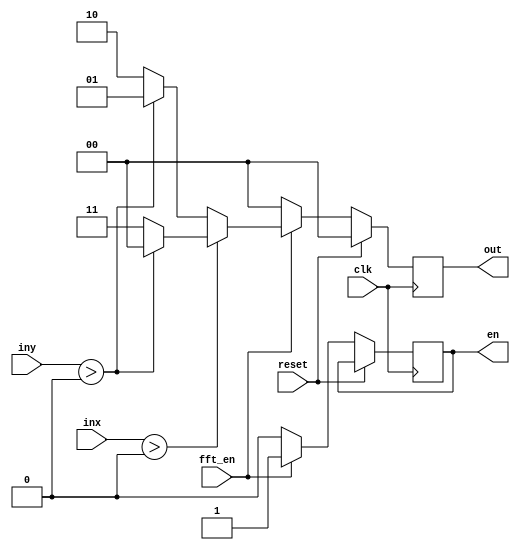
`timescale 1ns/1ps
module De_Mod (
    clk, reset, inx, iny, fft_en, en, out
);
    input clk;
    input reset;
    input signed [15:0] inx;
    input signed [15:0] iny;
    input fft_en;


    output reg en;
    output reg[1:0] out;

    reg esig;
    reg cnt;

    always @(posedge clk) begin
        if (reset) 
        begin
            out <= 0;
            cnt <= 0;
            esig <= 0;
        end
        else if(fft_en)
        begin
            if (inx > 0)
                begin
                    if (iny > 0)
                        out <= 00;
                    else
                        out <= 11;
                end
            else
                begin
                    if (iny > 0)
                        out <= 01;
                    else
                        out <= 10;
                end
            en <= 1;
        end
        else
        begin
            en <= 0;
            out <= 0;
        end
    end
endmodule